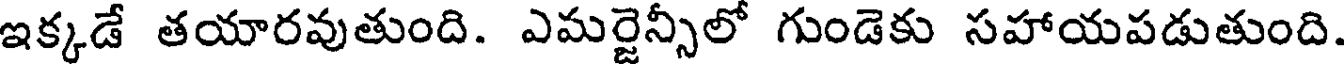
ఇక్కడే తయారవుతుంది. ఎమర్జెన్సీలో గుండెకు సహాయపడుతుంది.